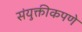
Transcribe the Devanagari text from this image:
संयुक्तीकपणे